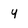
Character: y